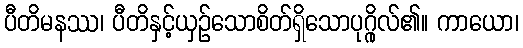
ပီတိမနဿ၊ ပီတိနှင့်ယှဉ်သောစိတ်ရှိသောပုဂ္ဂိုလ်၏။ ကာယော၊